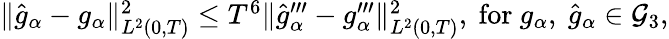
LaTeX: \begin{array}{r}{\Vert\widehat{g}_{\alpha}-g_{\alpha}\Vert_{L^{2}(0,T)}^{2}\leq T^{6}\Vert\widehat{g}_{\alpha}^{\prime\prime\prime}-g_{\alpha}^{\prime\prime\prime}\Vert_{L^{2}(0,T)}^{2},\ \mathrm{for}\ g_{\alpha},\ \widehat{g}_{\alpha}\in\mathcal{G}_{3},}\end{array}